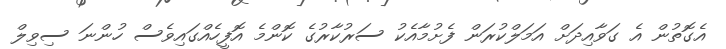
އެގޮތުން އެ ގަވާއިދަށް އަމަލްކުރަން ފެށުމާއެކު ސަރުކާރުގެ ކޮންމެ އޮފީހެއްގައިވެސް ހުންނަ ސިވިލް